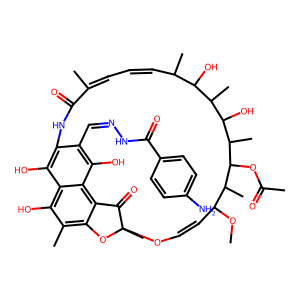
SMILES: COC1C=COC2(C)Oc3c(C)c(O)c4c(O)c(c(C=NNC(=O)c5ccc(N)cc5)c(O)c4c3C2=O)NC(=O)C(C)=CC=CC(C)C(O)C(C)C(O)C(C)C(OC(C)=O)C1C
Inhibits HIV replication: No